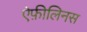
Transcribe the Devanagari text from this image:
ऐफ़ीलिनस